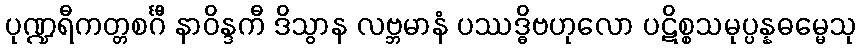
ပုဏ္ဍရီကတ္တစင်္ဂီ နာဝိန္ဒကီ ဒိသွာန လဗ္ဘမာနံ ပဿဒ္ဓိဗဟုလော ပဋိစ္စသမုပ္ပန္နဓမ္မေသု